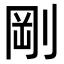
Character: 剛